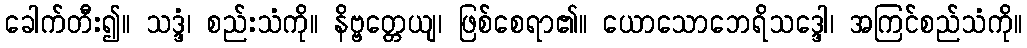
ခေါက်တီး၍။ သဒ္ဒံ၊ စည်းသံကို။ နိဗ္ဗတ္တေယျ၊ ဖြစ်စေရာ၏။ ယောသောဘေရိသဒ္ဒေါ၊ အကြင်စည်သံကို။